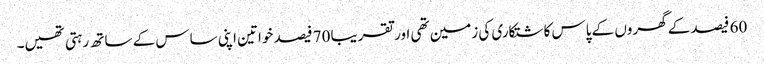
60 فیصد کے گھروں کے پاس کاشتکاری کی زمین تھی اور تقریبا 70 فیصد خواتین اپنی ساس کے ساتھ رہتی تھیں۔